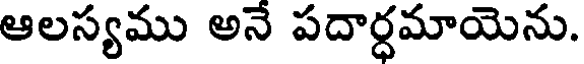
ఆలస్యము అనే పదార్ధమాయెను.